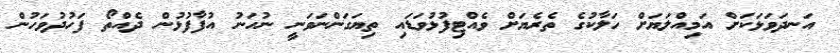
އަނދަވަޅަކަށް އަމިއްލަޔަށް ހަލާކުގެ ތެރެޔަށް ވެއްޓިފުޅުވަޑައި ތިޔަގަންނަވަނީ ނުހަނު އުފާފުޅުން ދެއްތޯ ފަހުދުވަހުން